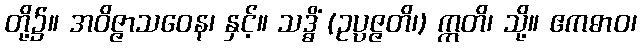
တို့၌။ အဝိဇ္ဇာသဝေန၊ နှင့်။ သဒ္ဓိံ (ဥပ္ပဇ္ဇတိ၊) ဣတိ၊ သို့။ ဧကဓာဝ၊